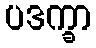
ပဒက္ခာ